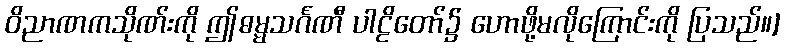
ဝိညာဏကသိုဏ်းကို ဤဓမ္မသင်္ဂဏီ ပါဠိတော်၌ ဟောဖို့မလိုကြောင်းကို ပြသည်။]